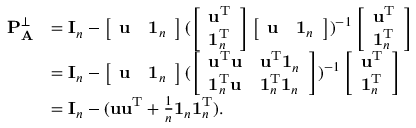
\begin{array} { r l } { \mathbf P _ { \mathbf A } ^ { \bot } } & { = \mathbf I _ { n } - \left[ \begin{array} { l l } { \mathbf u } & { \mathbf 1 _ { n } } \end{array} \right] ( \left[ \begin{array} { l } { \mathbf u ^ { \mathrm T } } \\ { \mathbf 1 _ { n } ^ { \mathrm T } } \end{array} \right] \left[ \begin{array} { l l } { \mathbf u } & { \mathbf 1 _ { n } } \end{array} \right] ) ^ { - 1 } \left[ \begin{array} { l } { \mathbf u ^ { \mathrm T } } \\ { \mathbf 1 _ { n } ^ { \mathrm T } } \end{array} \right] } \\ & { = \mathbf I _ { n } - \left[ \begin{array} { l l } { \mathbf u } & { \mathbf 1 _ { n } } \end{array} \right] ( \left[ \begin{array} { l l } { \mathbf u ^ { \mathrm T } \mathbf u } & { \mathbf u ^ { \mathrm T } \mathbf 1 _ { n } } \\ { \mathbf 1 _ { n } ^ { \mathrm T } \mathbf u } & { \mathbf 1 _ { n } ^ { \mathrm T } \mathbf 1 _ { n } } \end{array} \right] ) ^ { - 1 } \left[ \begin{array} { l } { \mathbf u ^ { \mathrm T } } \\ { \mathbf 1 _ { n } ^ { \mathrm T } } \end{array} \right] } \\ & { = \mathbf I _ { n } - ( \mathbf u \mathbf u ^ { \mathrm T } + \frac 1 n \mathbf 1 _ { n } \mathbf 1 _ { n } ^ { \mathrm T } ) . } \end{array}